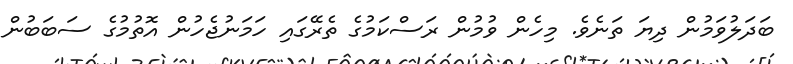
ބަދަލުވަމުން ދިޔަ ތަނެވެ. މިހެން ވުމުން ރަސްކަމުގެ ތެރޭގައި ހަމަނުޖެހުން އޮތުމުގެ ސަބަބުން